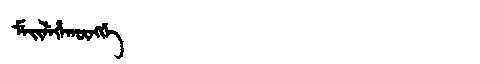
Manchu: ᠮᡝᡳᠯᡝᡥᠠᡴᡡᠩᡤᡝ
Romanization: MEILEHAKŪNGGE